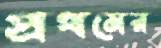
প্রথমের